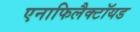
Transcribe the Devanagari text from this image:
एनाफिलैक्टॉयड